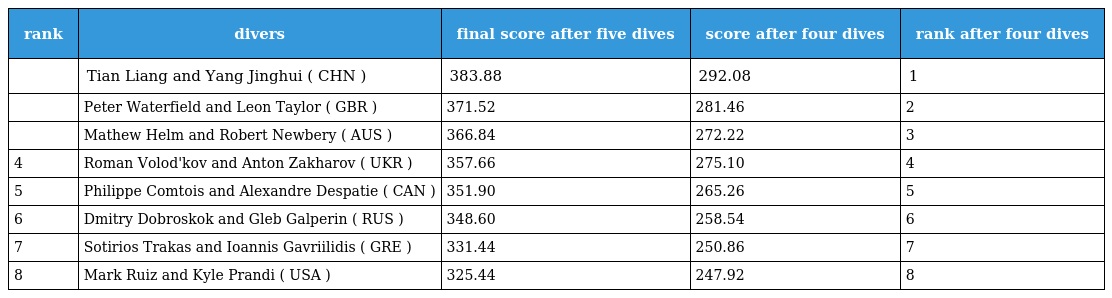
| rank | divers | final score after five dives | score after four dives | rank after four dives |
 | --- | --- | --- | --- | --- |
 |  | Tian Liang and Yang Jinghui ( CHN ) | 383.88 | 292.08 | 1 |
 |  | Peter Waterfield and Leon Taylor ( GBR ) | 371.52 | 281.46 | 2 |
 |  | Mathew Helm and Robert Newbery ( AUS ) | 366.84 | 272.22 | 3 |
 | 4 | Roman Volod'kov and Anton Zakharov ( UKR ) | 357.66 | 275.10 | 4 |
 | 5 | Philippe Comtois and Alexandre Despatie ( CAN ) | 351.90 | 265.26 | 5 |
 | 6 | Dmitry Dobroskok and Gleb Galperin ( RUS ) | 348.60 | 258.54 | 6 |
 | 7 | Sotirios Trakas and Ioannis Gavriilidis ( GRE ) | 331.44 | 250.86 | 7 |
 | 8 | Mark Ruiz and Kyle Prandi ( USA ) | 325.44 | 247.92 | 8 |